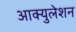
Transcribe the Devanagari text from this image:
आक्युलेशन